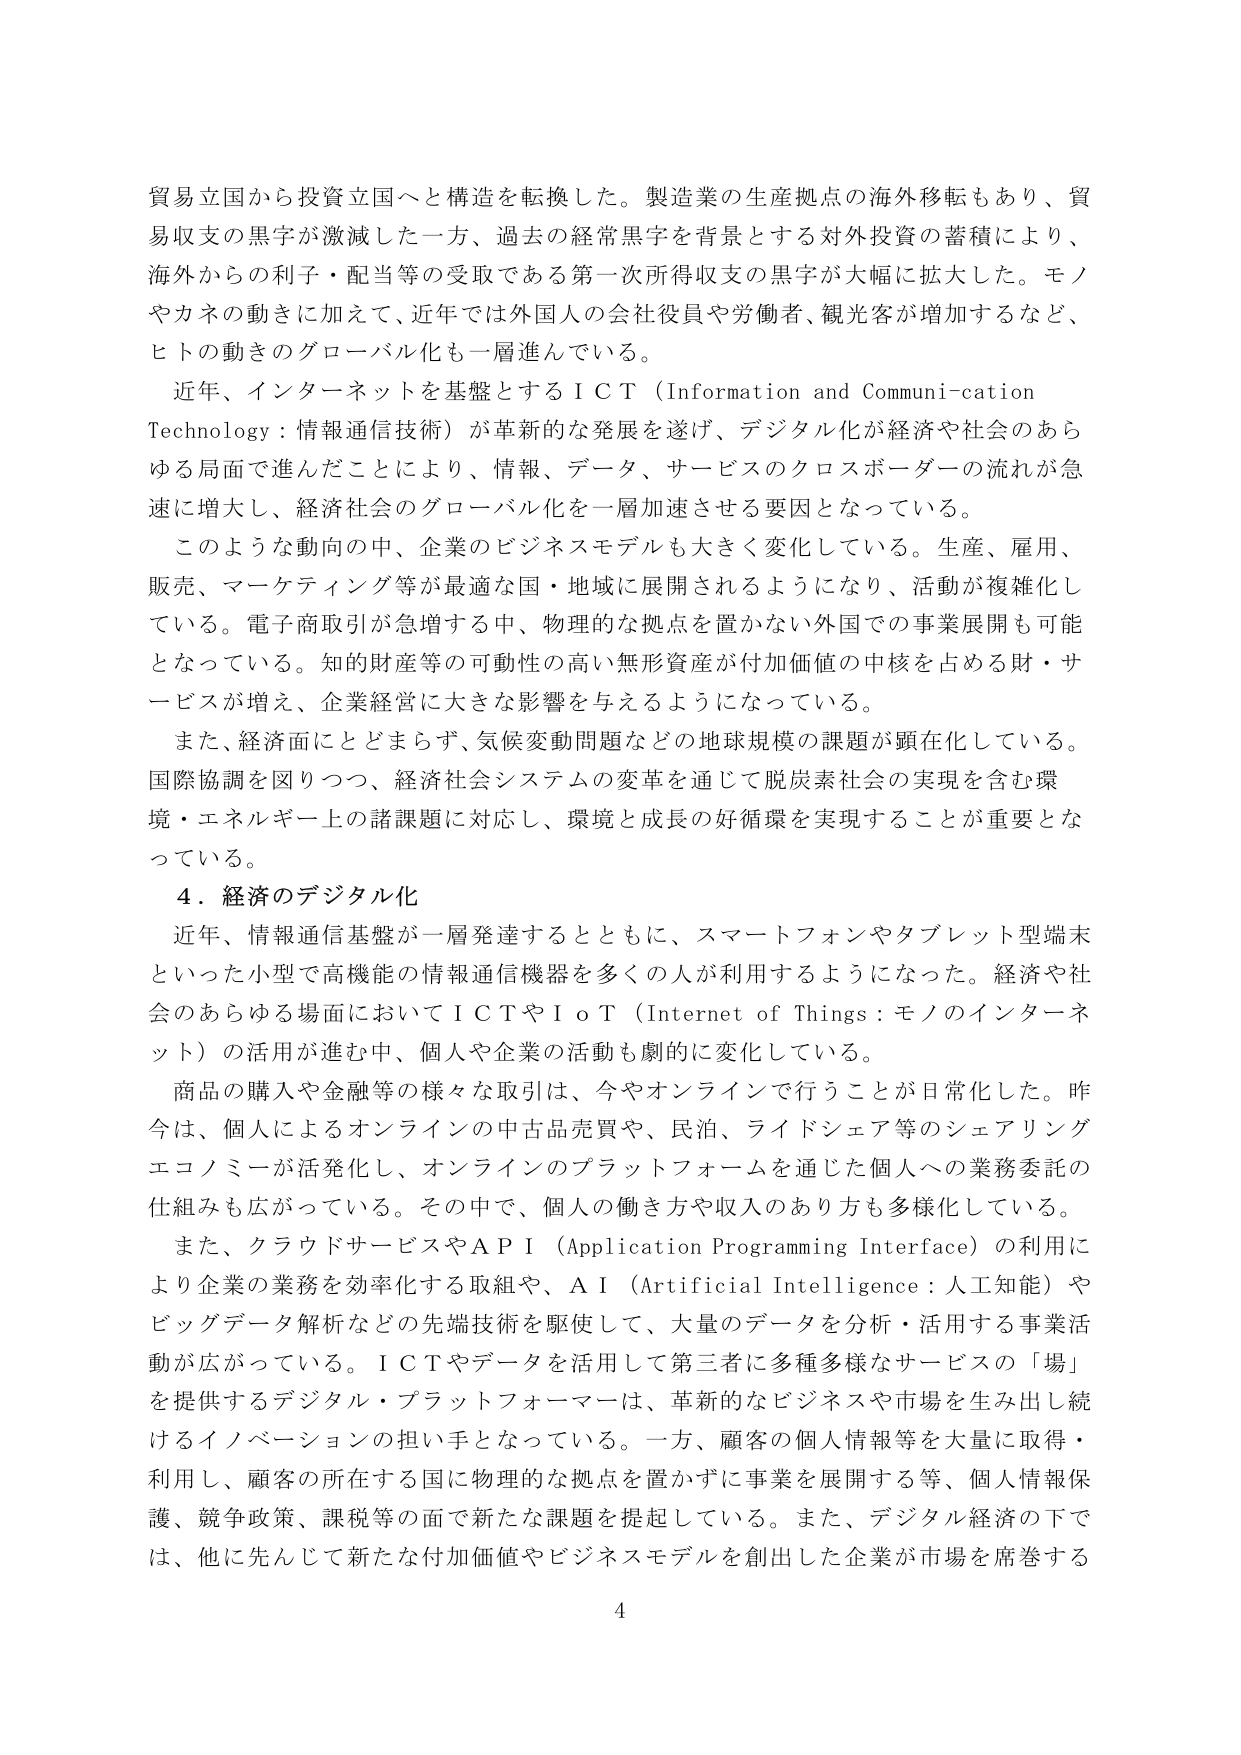
貿易立国から投資立国へと構造を転換した。製造業の生産拠点の海外移転もあり、貿易収支の黒字が激減した一方、過去の経常黒字を背景とする対外投資の蓄積により、海外からの利子・配当等の受取である第一次所得収支の黒字が大幅に拡大した。モノやカネの動きに加えて、近年では外国人の会社役員や労働者、観光客が増加するなど、ヒトの動きのグローバル化も一層進んでいる。

近年、インターネットを基盤とするＩＣＴ（Information and Communication Technology：情報通信技術）が革新的な発展を遂げ、デジタル化が経済や社会のあらゆる局面で進んだことにより、情報、データ、サービスのクロスボーダーの流れが急速に増大し、経済社会のグローバル化を一層加速させる要因となっている。

このような動向の中、企業のビジネスモデルも大きく変化している。生産、雇用、販売、マーケティング等が最適な国・地域に展開されるようになり、活動が複雑化している。電子商取引が急増する中、物理的な拠点を置かない外国での事業展開も可能となっている。知的財産等の可動性の高い無形資産が付加価値の中核を占める財・サービスが増え、企業経営に大きな影響を与えるようになっている。

また、経済面にとどまらず、気候変動問題などの地球規模の課題が顕在化している。国際協調を図りつつ、経済社会システムの変革を通じて脱炭素社会の実現を含む環境・エネルギー上の諸課題に対応し、環境と成長の好循環を実現することが重要となっている。

４．経済のデジタル化

近年、情報通信基盤が一層発達するとともに、スマートフォンやタブレット型端末といった小型で高機能の情報通信機器を多くの人が利用するようになった。経済や社会のあらゆる場面においてＩＣＴやＩｏＴ（Internet of Things：モノのインターネット）の活用が進む中、個人や企業の活動も劇的に変化している。

商品の購入や金融等の様々な取引は、今やオンラインで行うことが日常化した。昨今は、個人によるオンラインの中古品売買や、民泊、ライドシェア等のシェアリングエコノミーが活発化し、オンラインのプラットフォームを通じた個人への業務委託の仕組みも広がっている。その中で、個人の働き方や収入のあり方も多様化している。

また、クラウドサービスやＡＰＩ（Application Programming Interface）の利用により企業の業務を効率化する取組や、ＡＩ（Artificial Intelligence：人工知能）やビッグデータ解析などの先端技術を駆使して、大量のデータを分析・活用する事業活動が広がっている。ＩＣＴやデータを活用して第三者に多種多様なサービスの「場」を提供するデジタル・プラットフォーマーは、革新的なビジネスや市場を生み出し続けるイノベーションの担い手となっている。一方、顧客の個人情報等を大量に取得・利用し、顧客の所在する国に物理的な拠点を置かずに事業を展開する等、個人情報保護、競争政策、課税等の面で新たな課題を提起している。また、デジタル経済の下では、他に先んじて新たな付加価値やビジネスモデルを創出した企業が市場を席巻する

4